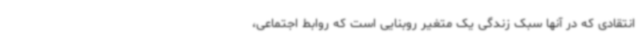
انتقادی که در آنها سبک زندگی یک متغیر روبنایی است که روابط اجتماعی،